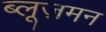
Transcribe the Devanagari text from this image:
ब्लूज़मन